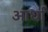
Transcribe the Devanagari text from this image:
आर्धा